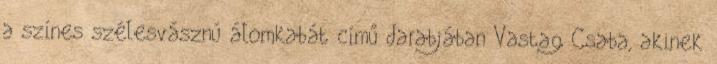
a színes szélesvásznú álomkabát című darabjában Vastag Csaba, akinek